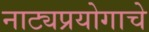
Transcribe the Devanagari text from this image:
नाट्यप्रयोगाचे